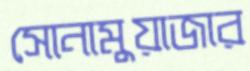
সোনামুয়াজার